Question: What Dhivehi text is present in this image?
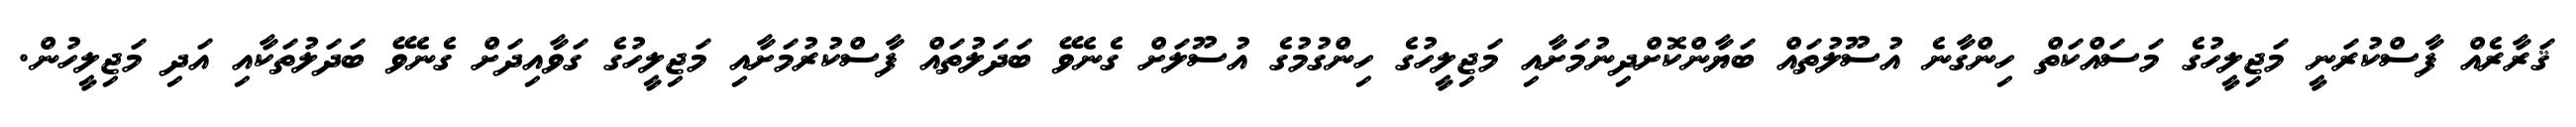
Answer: ޤަރާރެއް ފާސްކުރަނީ މަޖިލީހުގެ މަސައްކަތް ހިންގާނެ އުސޫލުތައް ބަޔާންކޮށްދިނުމަށާއި މަޖިލީހުގެ ހިންގުމުގެ އުސޫލަށް ގެނެވޭ ބަދަލުތައް ފާސްކުރުމަށާއި މަޖިލީހުގެ ގަވާއިދަށް ގެނެވޭ ބަދަލުތަކާއި އަދި މަޖިލީހުން.